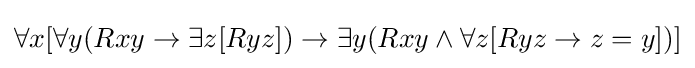
\forall x[\forall y(Rxy\rightarrow \exists z[Ryz])\rightarrow \exists y(Rxy\wedge \forall z[Ryz\rightarrow z=y])]